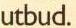
utbud.